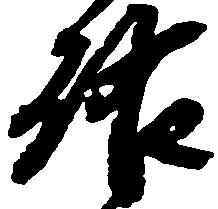
啓